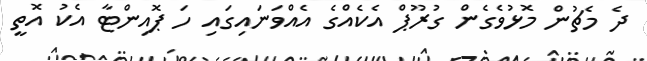
ދެ މެޗުން މޮޅުވެގެން ގުރޫޕް އެކެއްގެ އެއްވަނައިގައި ހަ ޕޮއިންޓާ އެކު އޮތީ